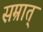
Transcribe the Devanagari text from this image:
सम्रात्